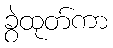
ခွဲထုတ်ကာ